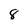
Character: 8